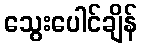
သွေးပေါင်ချိန်